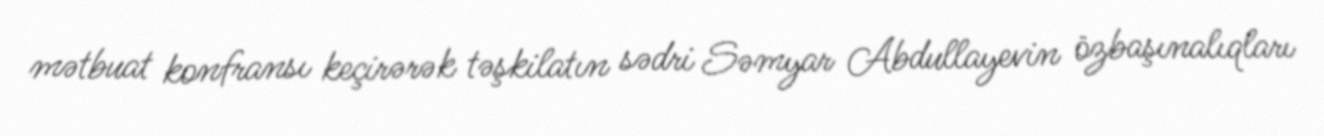
mətbuat konfransı keçirərək təşkilatın sədri Səmyar Abdullayevin özbaşınalıqları